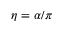
\eta = \alpha / \pi